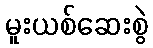
မူးယစ်ဆေးစွဲ